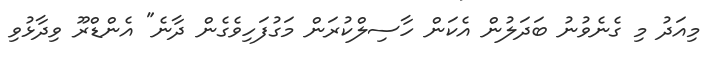
މިއަދު މި ގެނެވުނު ބަދަލުން އެކަން ހާސިލްކުރަން މަގުފަހިވެގެން ދާނެ" އެންޑްރޫ ވިދާޅުވި